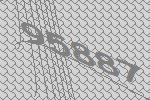
95887